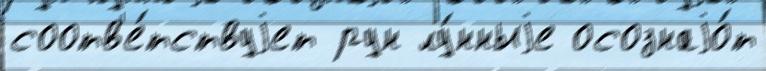
соотв'е́тствуjет рун лу́нныjе осознаjо́т